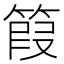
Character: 䈔